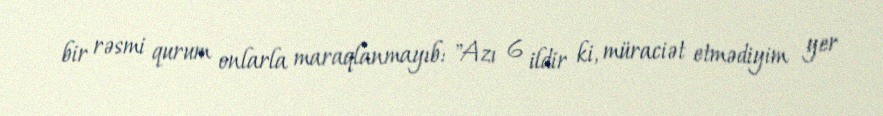
bir rəsmi qurum onlarla maraqlanmayıb: "Azı 6 ildir ki, müraciət etmədiyim yer